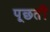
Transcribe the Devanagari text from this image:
पूछतीं